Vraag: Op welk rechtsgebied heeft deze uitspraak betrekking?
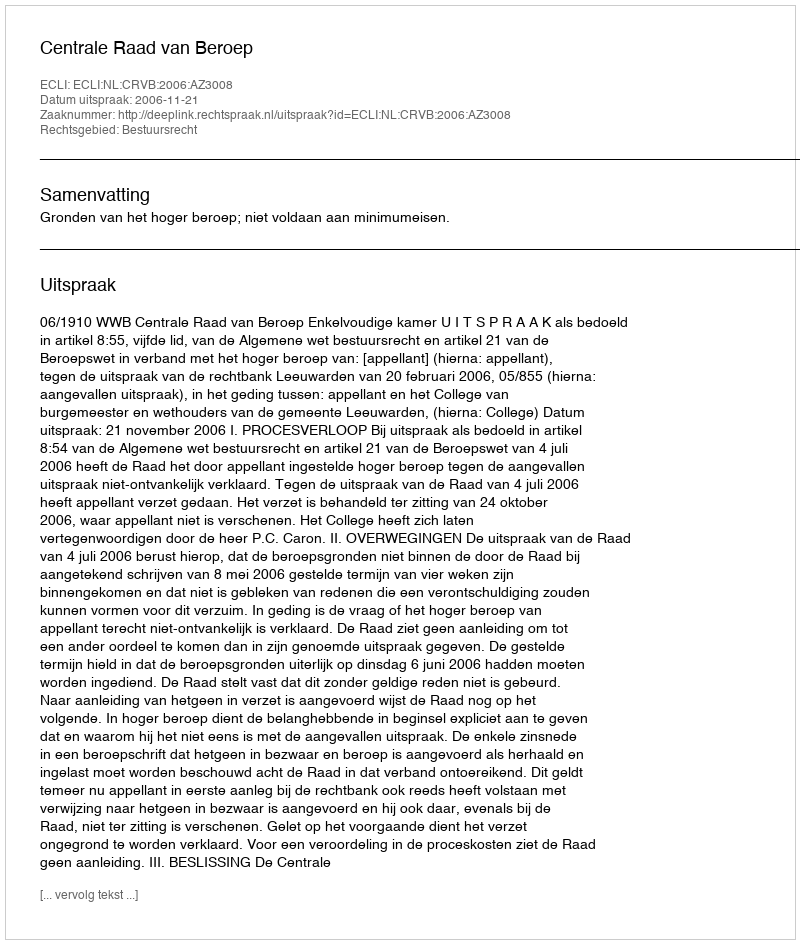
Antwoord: Bestuursrecht